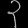
Digit: ၃